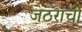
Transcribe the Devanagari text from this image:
जठराची